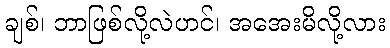
ချစ်၊ ဘာဖြစ်လို့လဲဟင်၊ အအေးမိလို့လား